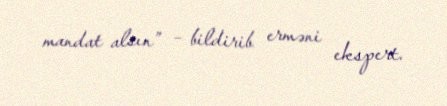
mandat alsın” – bildirib erməni ekspert.